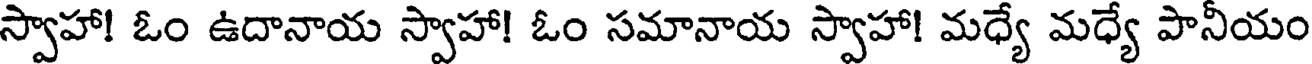
స్వాహా! ఓం ఉదానాయ స్వాహా! ఓం సమానాయ స్వాహా! మధ్యే మధ్యే పానీయం